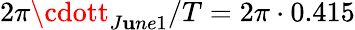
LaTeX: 2\pi\cdott_{J\mathbf{u}ne1}/T=2\pi\cdot0.415